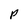
Character: P